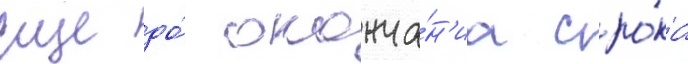
Еще до́ оконча́н'иа сро́ка